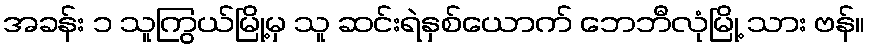
အခန်း ၁ သူကြွယ်မြို့မှ သူ ဆင်းရဲနှစ်ယောက် ဘေဘီလုံမြို့ သား ဗန်။